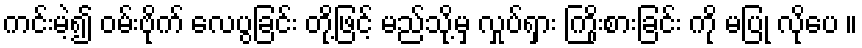
ကင်းမဲ့၍ ဝမ်းဗိုက် လေပွခြင်း တို့ဖြင့် မည်သို့မှ လှုပ်ရှား ကြိုးစားခြင်း ကို မပြု လိုပေ ။